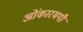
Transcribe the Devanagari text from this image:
ओंकारमयी